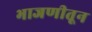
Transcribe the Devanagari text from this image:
भाजणीतून